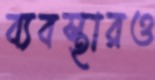
ব্যবস্থারও